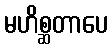
မဟိစ္ဆတာပေ